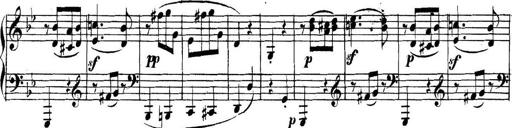
Title: Collected Piano Sonatas
Composer: Muzio Clementi